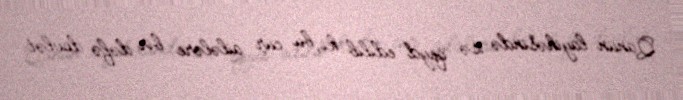
Qanun layihəsində isə qeyd edilib ki, bu cür ailələre bir dəfə dövlət